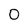
Character: 0